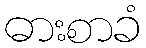
ဓားစာခံ